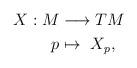
LaTeX: \begin{align*}X:M&\longrightarrow TM\\p&\mapsto \ X_p,\end{align*}